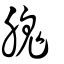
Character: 𦞙